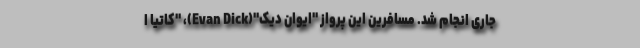
جاری انجام شد. مسافرین این پرواز "ایوان دیک"(Evan Dick)، "کاتیا ا